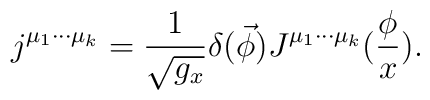
j^{\mu _1\cdot \cdot \cdot \mu _k}=\frac 1{\sqrt{g_x}}\delta (\vec\phi )J^{\mu _1\cdot \cdot \cdot \mu _k}(\frac \phi x).